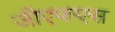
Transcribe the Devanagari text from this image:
जीएफएस